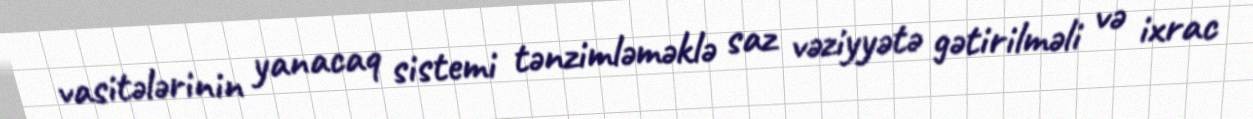
vasitələrinin yanacaq sistemi tənzimləməklə saz vəziyyətə gətirilməli və ixrac